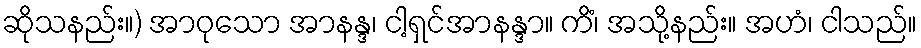
ဆိုသနည်း။) အာဝုသော အာနန္ဒ၊ ငါ့ရှင်အာနန္ဒာ။ ကိံ၊ အသို့နည်း။ အဟံ၊ ငါသည်။